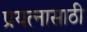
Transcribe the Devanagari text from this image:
प्रयत्‍नासाठी